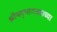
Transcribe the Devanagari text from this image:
श्रीमद्‍भागवताच्या